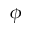
\phi